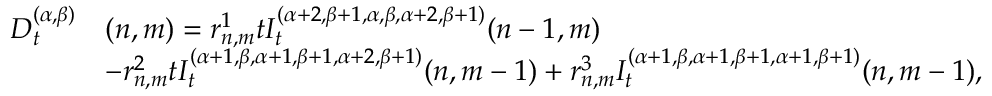
\begin{array} { r l } { D _ { t } ^ { ( \alpha , \beta ) } } & { ( n , m ) = r _ { n , m } ^ { 1 } t I _ { t } ^ { ( \alpha + 2 , \beta + 1 , \alpha , \beta , \alpha + 2 , \beta + 1 ) } { ( n - 1 , m ) } } \\ & { - r _ { n , m } ^ { 2 } t I _ { t } ^ { ( \alpha + 1 , \beta , \alpha + 1 , \beta + 1 , \alpha + 2 , \beta + 1 ) } { ( n , m - 1 ) } + r _ { n , m } ^ { 3 } I _ { t } ^ { ( \alpha + 1 , \beta , \alpha + 1 , \beta + 1 , \alpha + 1 , \beta + 1 ) } { ( n , m - 1 ) } , } \end{array}